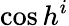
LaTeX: \cos h^{i}